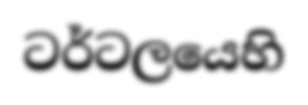
ටර්ටලයෙහි